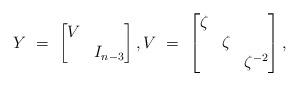
LaTeX: \begin{align*}Y \ = \ \begin{bmatrix} V & \\ & I_{n-3} \end{bmatrix}, V \ = \ \begin{bmatrix} \zeta & &\\ & \zeta \\ & & \zeta^{-2} \end{bmatrix},\end{align*}